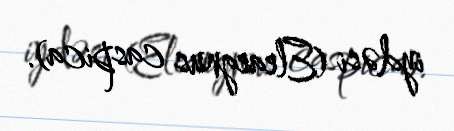
iydəsi (Eleaegnus caspica).